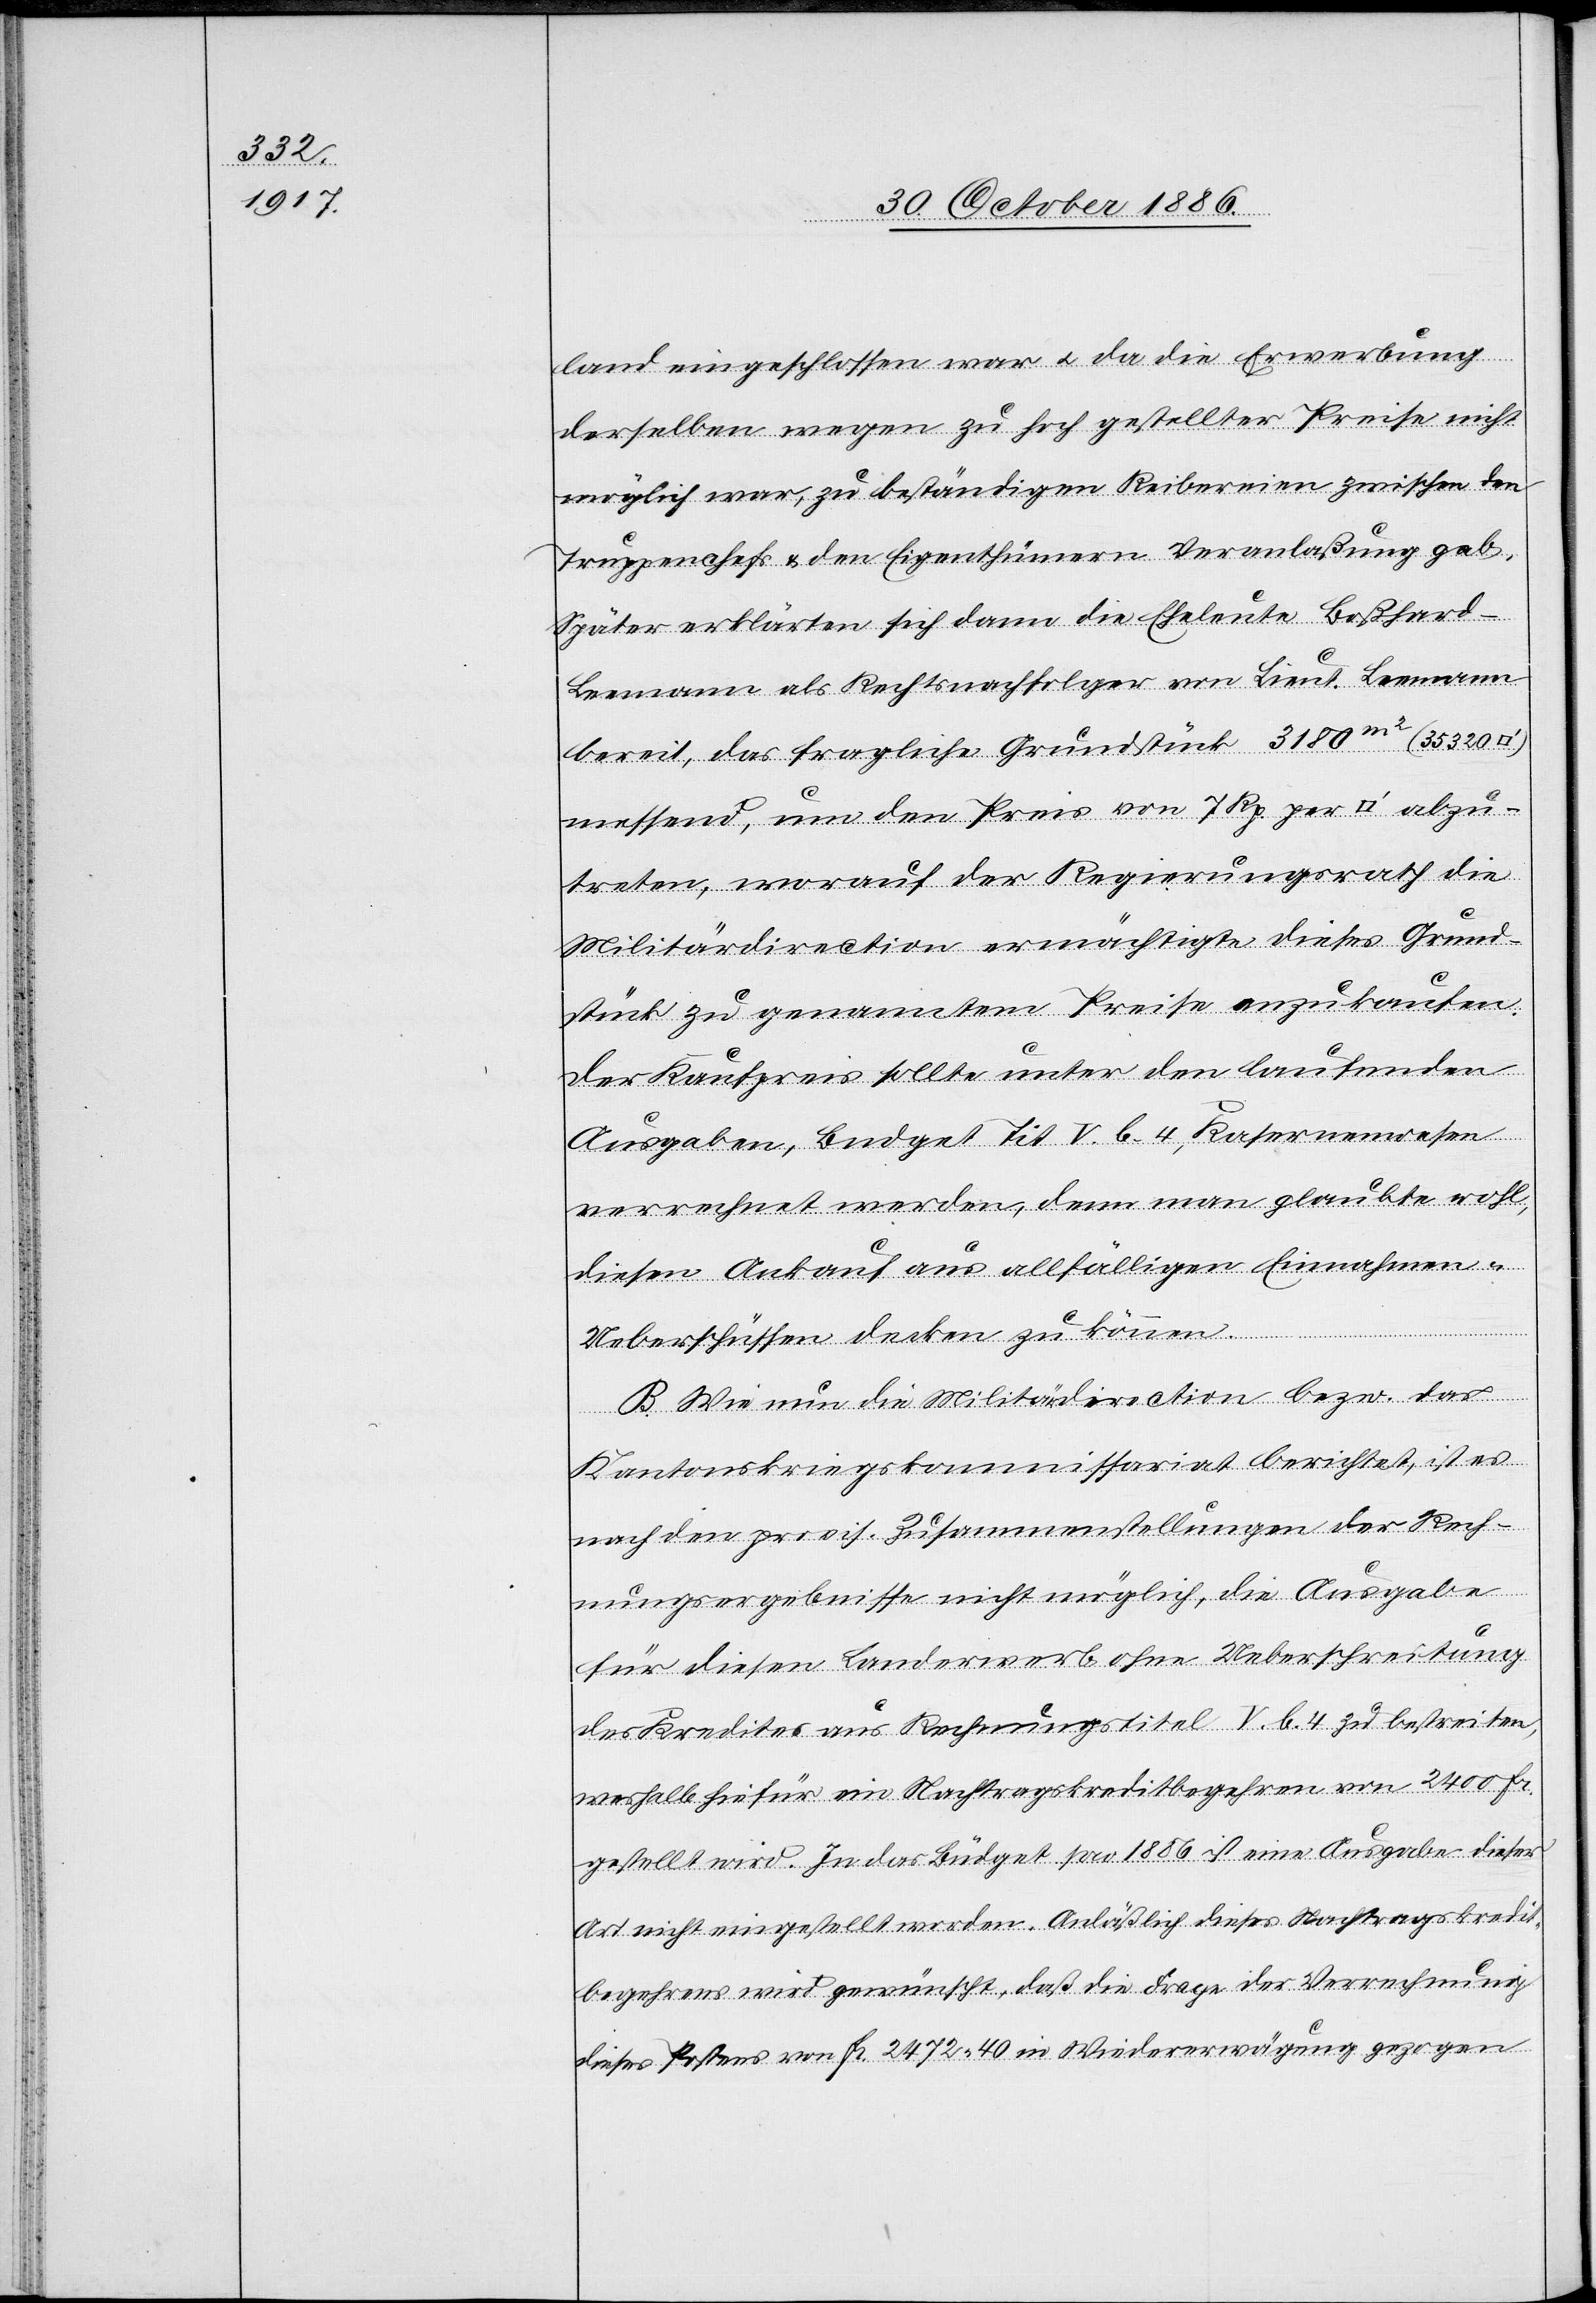
adratfuss]
abzu¬

land eingeschlossen war & da die Erwerbung
derselben wegen zu hoch gestellter Preise nicht
möglich war, zu beständigen Reibereien zwischen den
Truppenchefs & den Eigenthümern Veranlaßung gab.
Später erklärten sich dann die Eheleute Boßhard-L¬
eemann als Rechtsnachfolger von Lieut. Leemann
bereit, das fragliche Grundstück 3180m2 (35 320
messend, um den Preis von 7 Rp. per [Qu¬
treten, worauf der Regierungsrath die
Militärdirection ermächtigte dieses Grund¬
stück zu genanntem Preise anzukaufen.
Der Kaufpreis sollte unter den laufenden
Ausgaben, Budget Tit. V. b. 4, Kasernenwesen
verrechnet werden, denn man glaubte wohl,
diesen Ankauf aus allfälligen Einnahmen &
Ueberschüssen decken zu können.
B. Wie nun die Militärdirection bezw. das
Kantonskriegskommissariat berichtet, ist es
nach den provis. Zusammenstellungen der Rech¬
nungsergebnisse nicht möglich, die Ausgabe
für diesen Landerwerb ohne Ueberschreitung
des Kredites aus Rechnungstitel V. b. 4 zu bestreiten,
weshalb hiefür ein Nachtragskreditbegehren von 2400 Fr.
gestellt wird. In das Büdget pro 1886 ist eine Ausgabe dieser
Art nicht eingestellt worden. Anläßlich dieses Nachtragskredit¬
begehrens wird gewünscht, daß die Frage der Verrechnung
dieses Postens von Fr. 2472 40 in Wiedererwägung gezogen